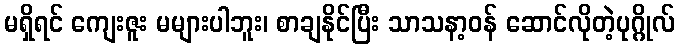
မရှိရင် ကျေးဇူး မများပါဘူး၊ စာချနိုင်ပြီး သာသနာ့ဝန် ဆောင်လိုတဲ့ပုဂ္ဂိုလ်